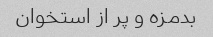
بدمزه و پر از استخوان